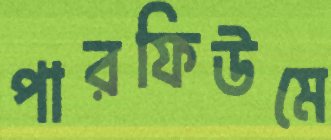
পারফিউমে